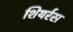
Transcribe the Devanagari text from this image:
शियर्रस